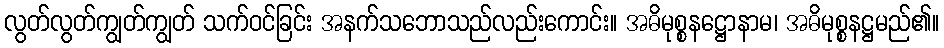
လွတ်လွတ်ကျွတ်ကျွတ် သက်ဝင်ခြင်း အနက်သဘောသည်လည်းကောင်း။ အဓိမုစ္စနဋ္ဌောနာမ၊ အဓိမုစ္စနဋ္ဌမည်၏။